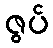
ဇွပ်